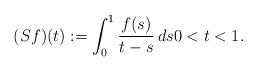
LaTeX: \begin{align*} (S f)(t) := \int_0^1 \frac{f(s)}{t-s} \, ds 0 < t < 1.\end{align*}